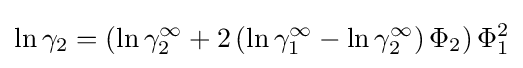
\ln \gamma _{2}=\left(\ln \gamma _{2}^{\infty }+2\left(\ln \gamma _{1}^{\infty }-\ln \gamma _{2}^{\infty }\right)\Phi _{2}\right)\Phi _{1}^{2}